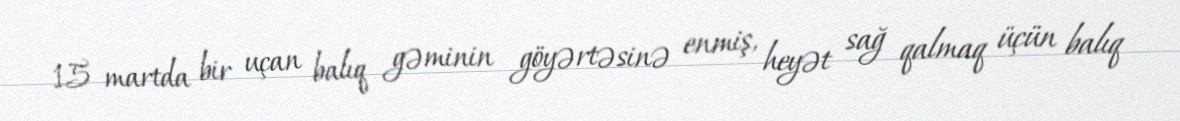
15 martda bir uçan balıq gəminin göyərtəsinə enmiş, heyət sağ qalmaq üçün balıq